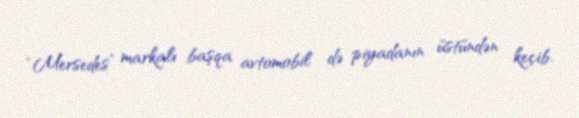
“Mersedes” markalı başqa avtomobil də piyadanın üstündən keçib.